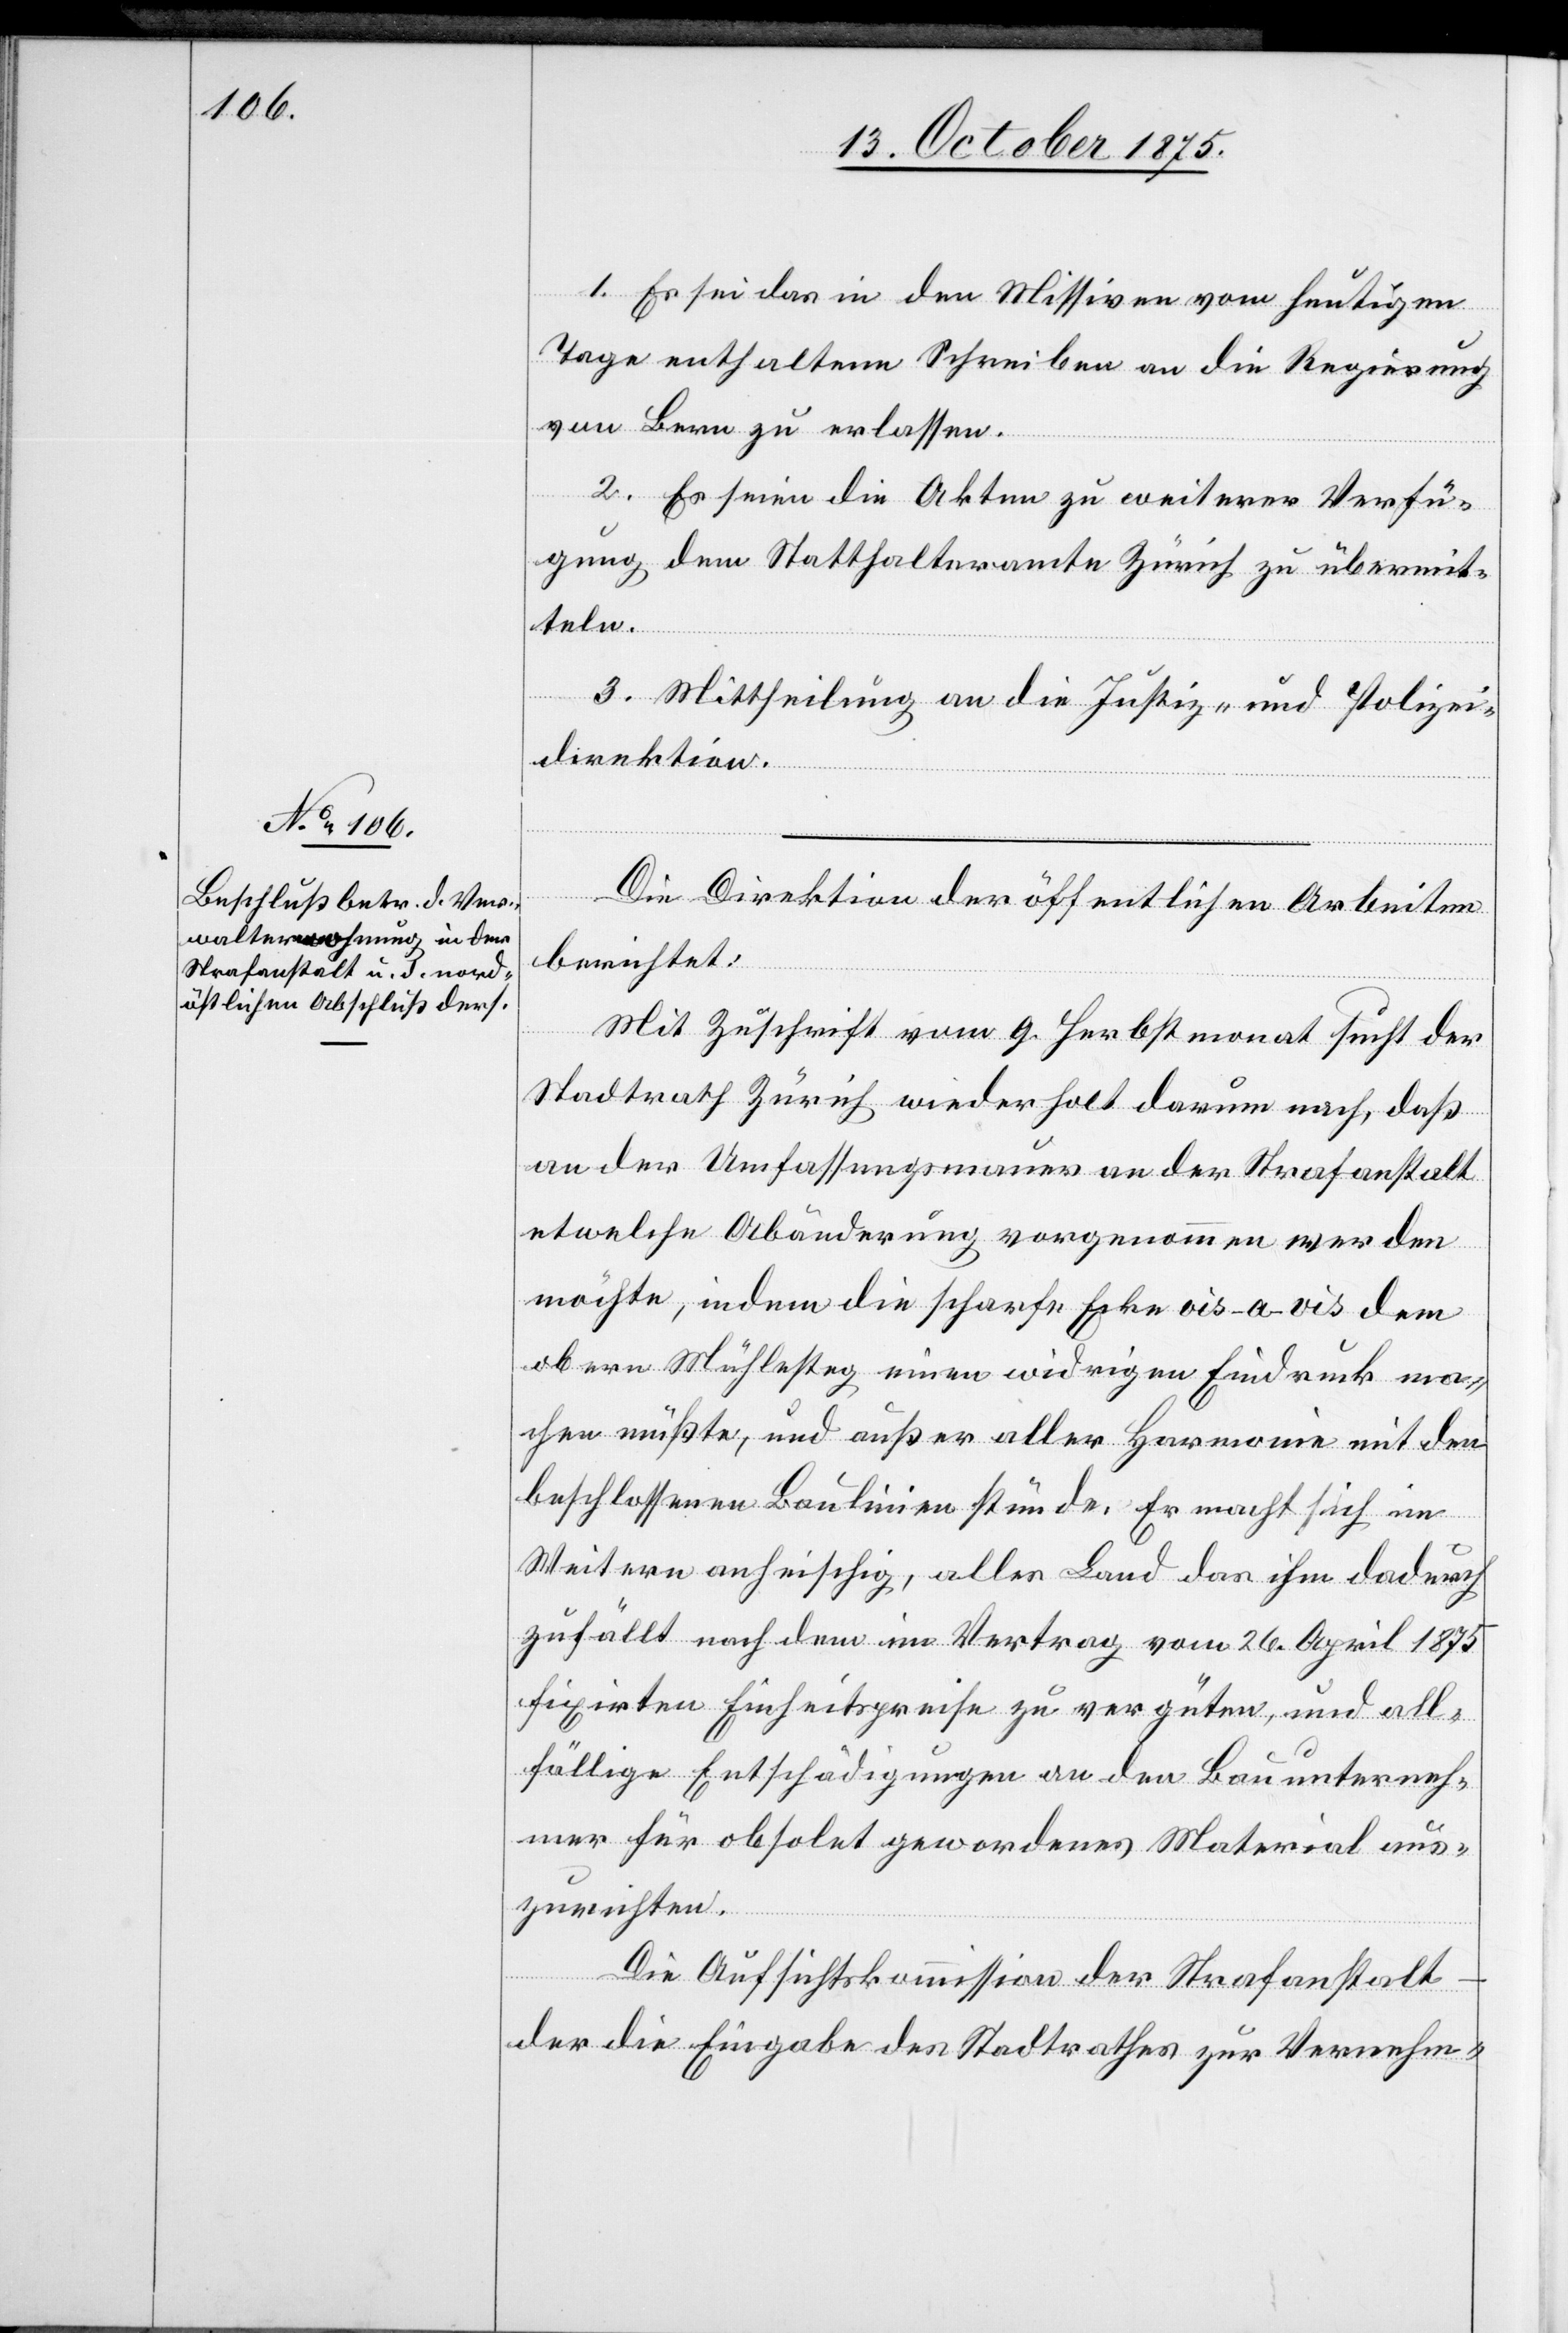
1. Es sei das in den Missiven vom heutigen
Tage enthaltene Schreiben an die Regierung
in Bern zu erlassen.
2. Es seien die Akten zu weiterer Verfü¬
gung dem Statthalteramte Zürich zu übermit¬
teln.
3. Mittheilung an die Justiz- und Polizei¬
direktion.
Die Direktion der öffentlichen Arbeiten
berichtet:
Mit Zuschrift vom 9. Herbstmonat sucht der
Stadtrath Zürich wiederholt darum nach, daß
an der Umfassungsmauer an der Strafanstalt
etwelche Abänderung vorgenommen werden
möchte, indem die scharfe Ecke vis-a-vis dem
obern Mühlesteg einen widrigen Eindruck ma¬
chen müßte, und außer aller Harmonie mit den
beschlossenen Baulinien stünde. Er macht sich im
Weitern anheischig, alles Land das ihm dadurch
zufällt nach dem im Vertrag vom 26. April 1875
fixirten Einheitspreise zu vergüten, und all¬
fällige Entschädigungen an den Bauunterneh¬
mer für obsolet gewordenes Material aus¬
zurichten.
Die Aufsichtskommission der Strafanstalt
der die Eingabe des Stadtrathes zur Vernehm-